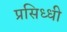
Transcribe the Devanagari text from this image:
प्रसिध्‍धी